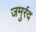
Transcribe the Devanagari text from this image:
जमुर्रद